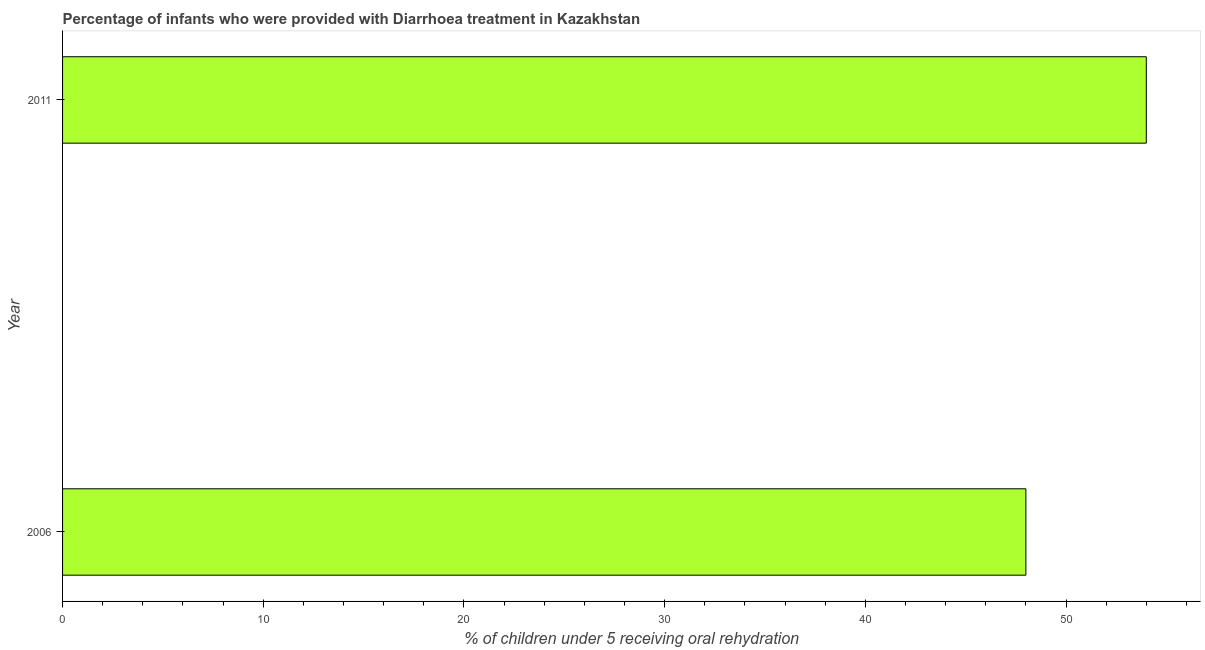
| Year | Diarrhea treatment |
 | --- | --- |
 | 2006 | 48 |
 | 2011 | 54 |